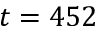
t = 4 5 2